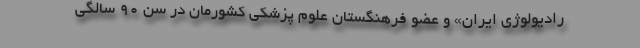
رادیولوژی ایران» و عضو فرهنگستان علوم پزشکی کشورمان در سن ۹۰ سالگی